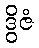
ဒွိဇံ